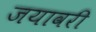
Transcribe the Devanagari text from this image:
जयावरी